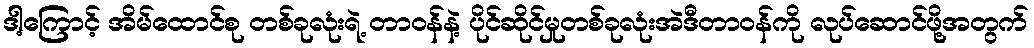
ဒါ့ကြောင့် အိမ်ထောင်စု တစ်ခုလုံးရဲ့ တာဝန်နဲ့ ပိုင်ဆိုင်မှုတစ်ခုလုံးအဲဒီတာဝန်ကို လုပ်ဆောင်ဖို့အတွက်